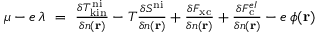
\begin{array} { r } { \mu - e \, \lambda \ = \ \frac { \delta T _ { \mathrm { k i n } } ^ { \mathrm { \, n i } } } { \delta n ( \mathbf { r } ) } - T \frac { \delta S ^ { \mathrm { n i } } } { \delta n ( \mathbf { r } ) } + \frac { \delta F _ { \mathrm { x c } } } { \delta n ( \mathbf { r } ) } + \frac { \delta F _ { \mathrm { c } } ^ { e I } } { \delta n ( \mathbf { r } ) } - e \, \phi ( \mathbf { r } ) } \end{array}